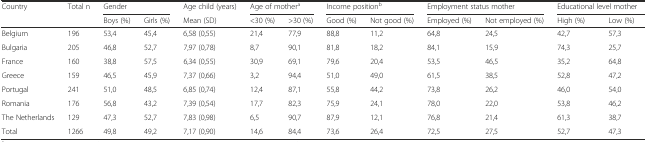
| Country | Total n | <COLSPAN=2> Gender | Age child (years) | <COLSPAN=2> Age of mothera | <COLSPAN=2> Income positionb | <COLSPAN=2> Employment status mother | <COLSPAN=2> Educational level mother |
 |  |  | Boys (%) | Girls (%) | Mean (SD) | <30 (%) | >30 (%) | Good (%) | Not good (%) | Employed (%) | Not employed (%) | High (%) | Low (%) |
 | --- | --- | --- | --- | --- | --- | --- | --- | --- | --- | --- | --- | --- |
 | Belgium | 196 | 53,4 | 45,4 | 6,58 (0,55) | 21,4 | 77,9 | 88,8 | 11,2 | 64,8 | 24,5 | 42,7 | 57,3 |
 | Bulgaria | 205 | 46,8 | 52,7 | 7,97 (0,78) | 8,7 | 90,1 | 81,8 | 18,2 | 84,1 | 15,9 | 74,3 | 25,7 |
 | France | 160 | 38,8 | 57,5 | 6,34 (0,55) | 30,9 | 69,1 | 79,6 | 20,4 | 53,5 | 46,5 | 35,2 | 64,8 |
 | Greece | 159 | 46,5 | 45,9 | 7,37 (0,66) | 3,2 | 94,4 | 51,0 | 49,0 | 61,5 | 38,5 | 52,8 | 47,2 |
 | Portugal | 241 | 51,0 | 48,5 | 6,85 (0,74) | 12,4 | 87,1 | 55,8 | 44,2 | 73,8 | 26,2 | 46,0 | 54,0 |
 | Romania | 176 | 56,8 | 43,2 | 7,39 (0,54) | 17,7 | 82,3 | 75,9 | 24,1 | 78,0 | 22,0 | 53,8 | 46,2 |
 | The Netherlands | 129 | 47,3 | 52,7 | 7,83 (0,98) | 6,5 | 90,7 | 87,9 | 12,1 | 76,8 | 21,4 | 61,3 | 38,7 |
 | Total | 1266 | 49,8 | 49,2 | 7,17 (0,90) | 14,6 | 84,4 | 73,6 | 26,4 | 72,5 | 27,5 | 52,7 | 47,3 |